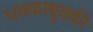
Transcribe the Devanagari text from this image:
धक्काबुक्की